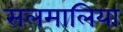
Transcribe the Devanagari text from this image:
सलमालिया